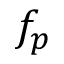
f _ { p }